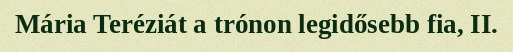
Mária Teréziát a trónon legidősebb fia, II.